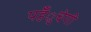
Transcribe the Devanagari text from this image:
पहँुचेगी